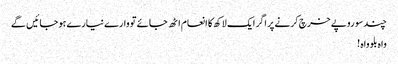
چند سو روپے خرچ کرنے پر اگر ایک لاکھ کا انعام اٹھ جائے تو وارے نیارے ہو جائیں گے
واہ بلو واہ !